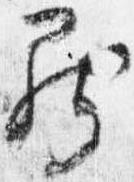
罷